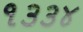
૧૩૩૪